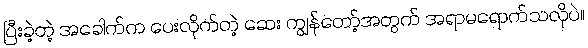
ပြီးခဲ့တဲ့ အခေါက်က ပေးလိုက်တဲ့ ဆေး ကျွန်တော့်အတွက် အရာမရောက်သလိုပဲ။